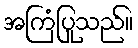
အကြံပြုသည်။